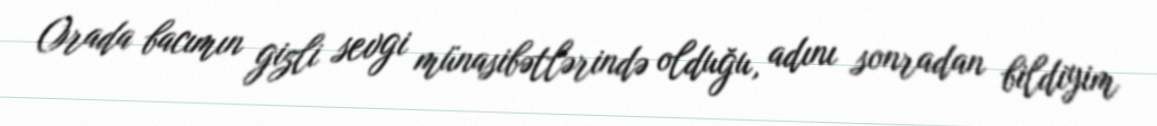
Orada bacımın gizli sevgi münasibətlərində olduğu, adını sonradan bildiyim